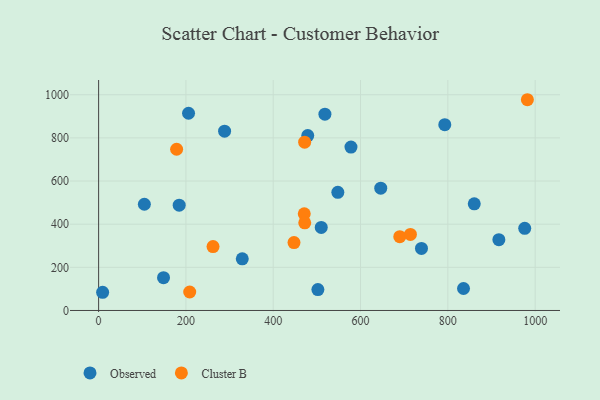
{"axis": {"x": "Price", "y": "Fuel Efficiency"}, "legend": ["Cluster B", "Observed"], "data": [{"x": "502.3", "y": 97.0, "type": "Observed"}, {"x": "548.0", "y": 547.6, "type": "Observed"}, {"x": "206.0", "y": 914.1, "type": "Observed"}, {"x": "288.6", "y": 830.9, "type": "Observed"}, {"x": "148.7", "y": 152.2, "type": "Observed"}, {"x": "646.3", "y": 566.9, "type": "Observed"}, {"x": "739.6", "y": 287.5, "type": "Observed"}, {"x": "578.1", "y": 757.6, "type": "Observed"}, {"x": "184.6", "y": 488.0, "type": "Observed"}, {"x": "9.2", "y": 84.4, "type": "Observed"}, {"x": "793.0", "y": 861.1, "type": "Observed"}, {"x": "860.5", "y": 494.3, "type": "Observed"}, {"x": "329.1", "y": 239.5, "type": "Observed"}, {"x": "518.4", "y": 910.1, "type": "Observed"}, {"x": "479.1", "y": 810.6, "type": "Observed"}, {"x": "916.9", "y": 328.2, "type": "Observed"}, {"x": "835.9", "y": 101.9, "type": "Observed"}, {"x": "104.8", "y": 492.4, "type": "Observed"}, {"x": "510.0", "y": 385.0, "type": "Observed"}, {"x": "976.1", "y": 380.7, "type": "Observed"}, {"x": "472.0", "y": 780.2, "type": "Cluster B"}, {"x": "208.7", "y": 85.6, "type": "Cluster B"}, {"x": "689.9", "y": 341.9, "type": "Cluster B"}, {"x": "471.1", "y": 447.8, "type": "Cluster B"}, {"x": "178.7", "y": 747.4, "type": "Cluster B"}, {"x": "714.3", "y": 352.7, "type": "Cluster B"}, {"x": "262.1", "y": 296.4, "type": "Cluster B"}, {"x": "447.6", "y": 314.6, "type": "Cluster B"}, {"x": "472.2", "y": 406.5, "type": "Cluster B"}, {"x": "982.2", "y": 976.9, "type": "Cluster B"}]}